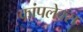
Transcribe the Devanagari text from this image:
कांपलेक्स